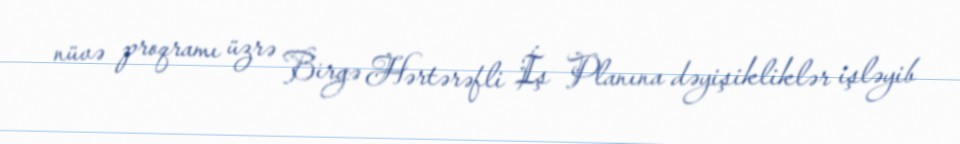
nüvə proqramı üzrə Birgə Hərtərəfli İş Planına dəyişikliklər işləyib